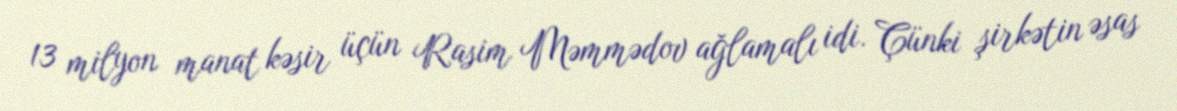
13 milyon manat kəsir üçün Rasim Məmmədov ağlamalı idi. Çünki şirkətin əsas